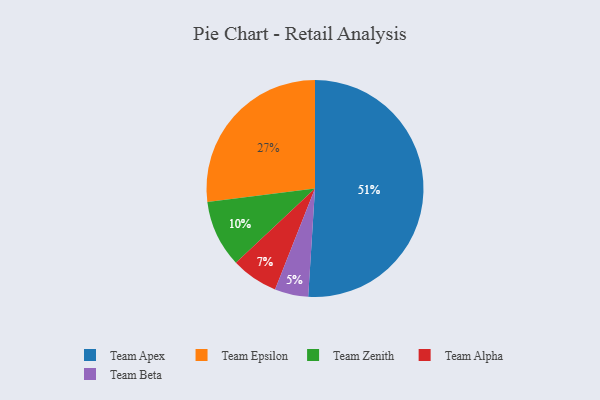
{"axis": {"x": "Category", "y": "Percentage"}, "legend": ["Team Alpha", "Team Apex", "Team Beta", "Team Epsilon", "Team Zenith"], "data": [{"x": "Team Zenith", "y": 10, "type": "Team Zenith"}, {"x": "Team Epsilon", "y": 27, "type": "Team Epsilon"}, {"x": "Team Alpha", "y": 7, "type": "Team Alpha"}, {"x": "Team Beta", "y": 5, "type": "Team Beta"}, {"x": "Team Apex", "y": 51, "type": "Team Apex"}]}